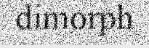
dimorph